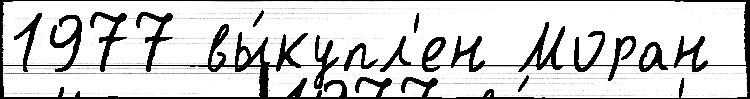
1977 вы́купл'ен Моран